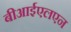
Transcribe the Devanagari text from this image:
बीआईएलएन